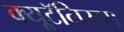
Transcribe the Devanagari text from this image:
क्यूटॅनियस